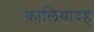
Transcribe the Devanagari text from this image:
कालियादह